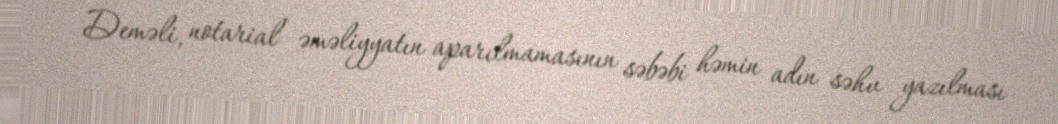
Deməli, notarial əməliyyatın aparılmamasının səbəbi həmin adın səhv yazılması